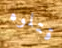
قتلوه